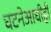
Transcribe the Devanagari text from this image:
घटनेआधीही